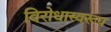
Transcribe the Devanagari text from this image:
विरोधास्वरूप